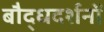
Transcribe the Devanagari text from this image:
बौद्धदर्शनों